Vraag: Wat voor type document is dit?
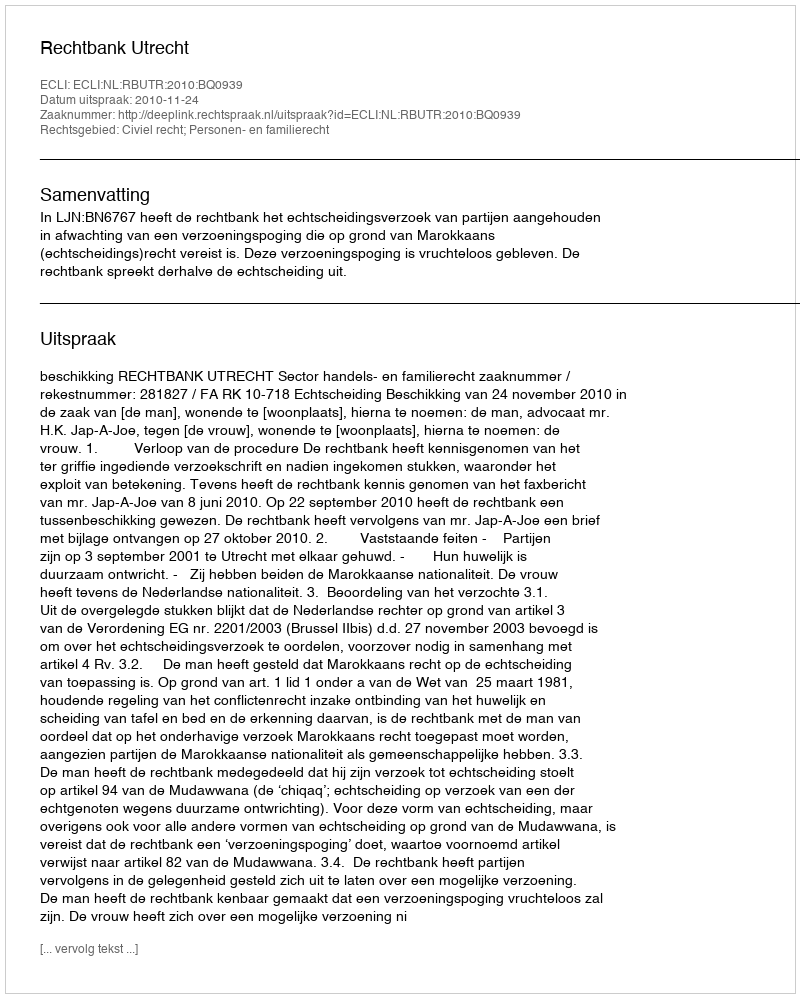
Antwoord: Uitspraak